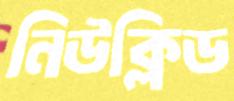
নিউক্লিড